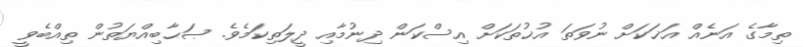
ތިމާގެ އަނެއް އަޚަކަށް ނުވަތަ އުޚުތަކަށް އިސްކަން ދިނުމާއި ދީލަތިކަމެވެ. ޞަޙާބިއްޔަތުން ތިއްބެވީ